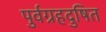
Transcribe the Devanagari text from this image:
पुर्वग्रहदुषित